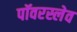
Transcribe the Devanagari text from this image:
पॉवरस्लेव